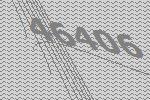
46406